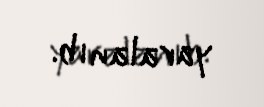
yaralanıb.